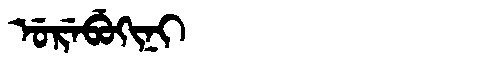
Manchu: ᡠᡵᡝᠪᡠᡴᡳᠨᡳ
Romanization: UREBUKINI